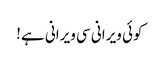
کوئی ویرانی سی ویرانی ہے!